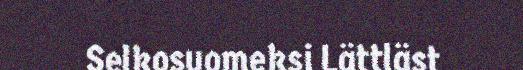
Selkosuomeksi Lättläst